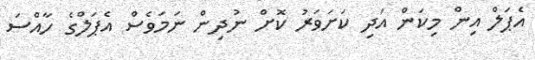
އެޕަލް އިން މިކަން އަދި ކަށަވަރު ކޮށް ނުދިން ނަމަވެސް އެޕަލްގެ ހާއްސަ